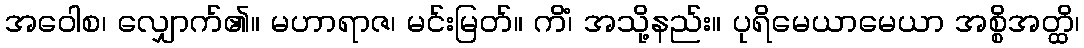
အဝေါစ၊ လျှောက်၏။ မဟာရာဇ၊ မင်းမြတ်။ ကိံ၊ အသို့နည်း။ ပုရိမေယာမေယာ အစ္စိအတ္ထိ၊